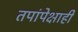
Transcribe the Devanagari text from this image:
तपांपेक्षाही